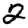
Digit: 2